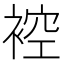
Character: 𧚬